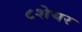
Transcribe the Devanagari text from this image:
८शेयर